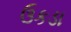
ઉકડા